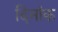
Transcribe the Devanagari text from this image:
दिनांक